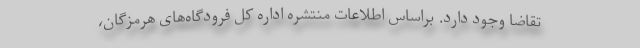
تقاضا وجود دارد. براساس اطلاعات منتشره اداره کل فرودگاه‌های هرمزگان،